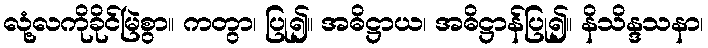
လုံ့လကိုခိုင်မြဲစွာ။ ကတွာ၊ ပြု၍။ အဓိဋ္ဌာယ၊ အဓိဋ္ဌာန်ပြု၍။ နိသိန္ဒသနာ၊